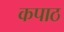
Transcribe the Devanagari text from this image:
कपाठ